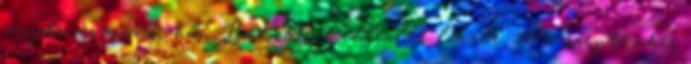
vajda és macsói bán Bátorkőn keltezett levele. 1442. szeptember